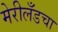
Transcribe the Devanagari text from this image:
मेरीलँडचा